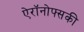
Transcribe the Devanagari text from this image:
ऐरॉनोफ्सकी